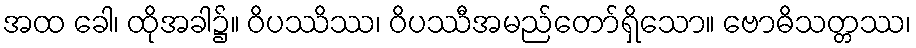
အထ ခေါ၊ ထိုအခါ၌။ ဝိပဿိဿ၊ ဝိပဿီအမည်တော်ရှိသော။ ဗောဓိသတ္တဿ၊